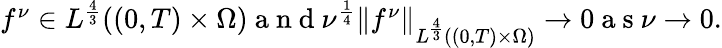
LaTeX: \begin{array}{r}{f^{\nu}\in L^{\frac 43}((0,T)\times\Omega)\mathrm{~a~n~d~}\nu^{\frac 14}\left\lVert f^{\nu}\right\rVert_{L^{\frac 43}((0,T)\times\Omega)}\to 0\mathrm{~a~s~}\nu\to 0.}\end{array}